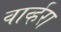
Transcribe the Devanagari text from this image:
वार्व्हरा